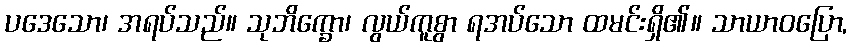
ပဒေသော၊ အရပ်သည်။ သုဘိက္ခော၊ လွယ်ကူစွာ ရအပ်သော ထမင်းရှိ၏။ သာယာဝပြော,